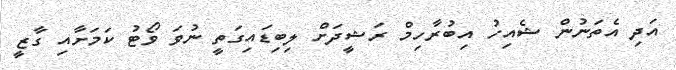
އަދި އެތަނުން ޝެއިހު އިބުރާހިމް ރަޝީދަށް ލިބިޑައިގަތީ ނުވަ ވޯޓު ކަމަށާއި ގާޒީ